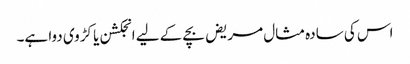
اس کی سادہ مثال مریض بچے کے لیے انجکشن یا کڑوی دوا ہے۔